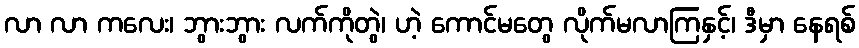
လာ လာ ကလေး၊ ဘွားဘွား လက်ကိုတွဲ၊ ဟဲ့ ကောင်မတွေ လိုက်မလာကြနှင့်၊ ဒီမှာ နေရစ်